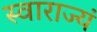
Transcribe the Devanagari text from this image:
स्वाराज्यं